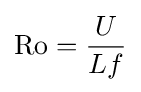
{\text{Ro}}={\frac {U}{Lf}}